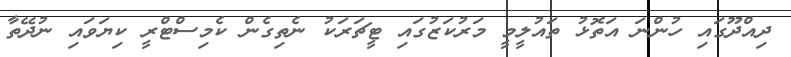
ދިއްދޫގައި ހުންނަ އަތޮޅު ތައުލީމީ މަރުކަޒުގައި ޓީޗަރަކު ނެތިގެން ކެމިސްޓްރީ ކިޔަވައި ނުދޭތާ